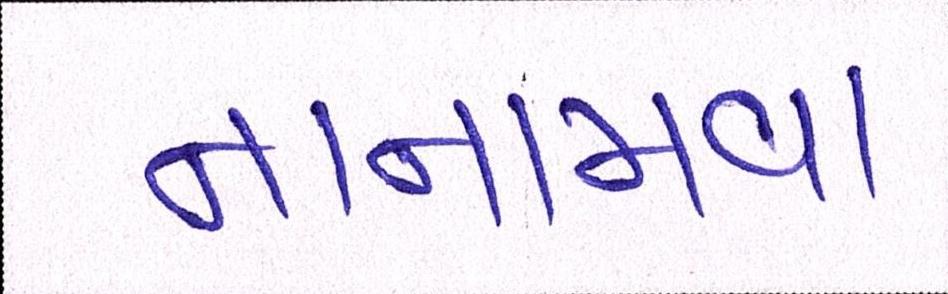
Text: નાનામવા